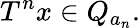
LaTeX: T^{n}x\in Q_{a_{n}}.